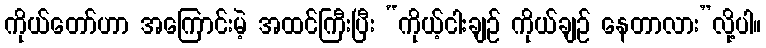
ကိုယ်တော်ဟာ အကြောင်းမဲ့ အထင်ကြီးပြီး “ကိုယ့်ငါးချဉ် ကိုယ်ချဉ် နေတာလား”လို့ပါ။